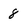
Character: 8